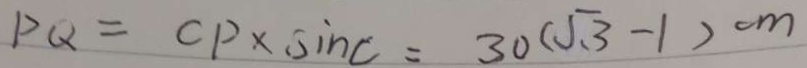
P Q = C P \times \sin C = 3 0 ( \sqrt { 3 } - 1 ) c m